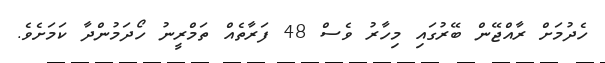
ހެދުމަށް ރާއްޖޭން ބޭރުގައި މިހާރު ވެސް 48 ފަރާތެއް ތަމްރީނު ހޯދަމުންދާ ކަމަށެވެ.